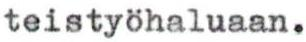
teistyöhaluaan.